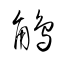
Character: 鵤